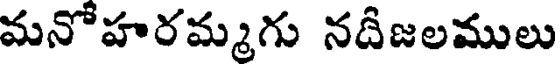
మనోహరమ్మగు నదిజలములు